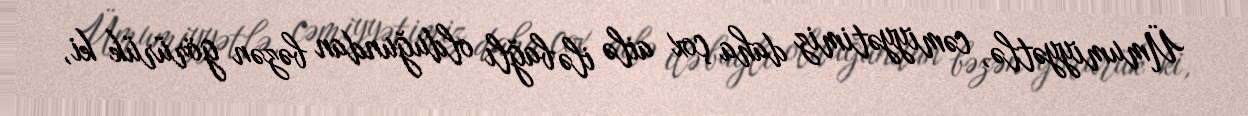
Ümumiyyətlə, cəmiyyətimiz daha çox ailə ilə bağlı olduğundan bəzən görürük ki,